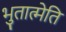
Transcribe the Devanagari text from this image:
भुतात्मेति